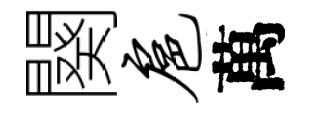
闋扈萬